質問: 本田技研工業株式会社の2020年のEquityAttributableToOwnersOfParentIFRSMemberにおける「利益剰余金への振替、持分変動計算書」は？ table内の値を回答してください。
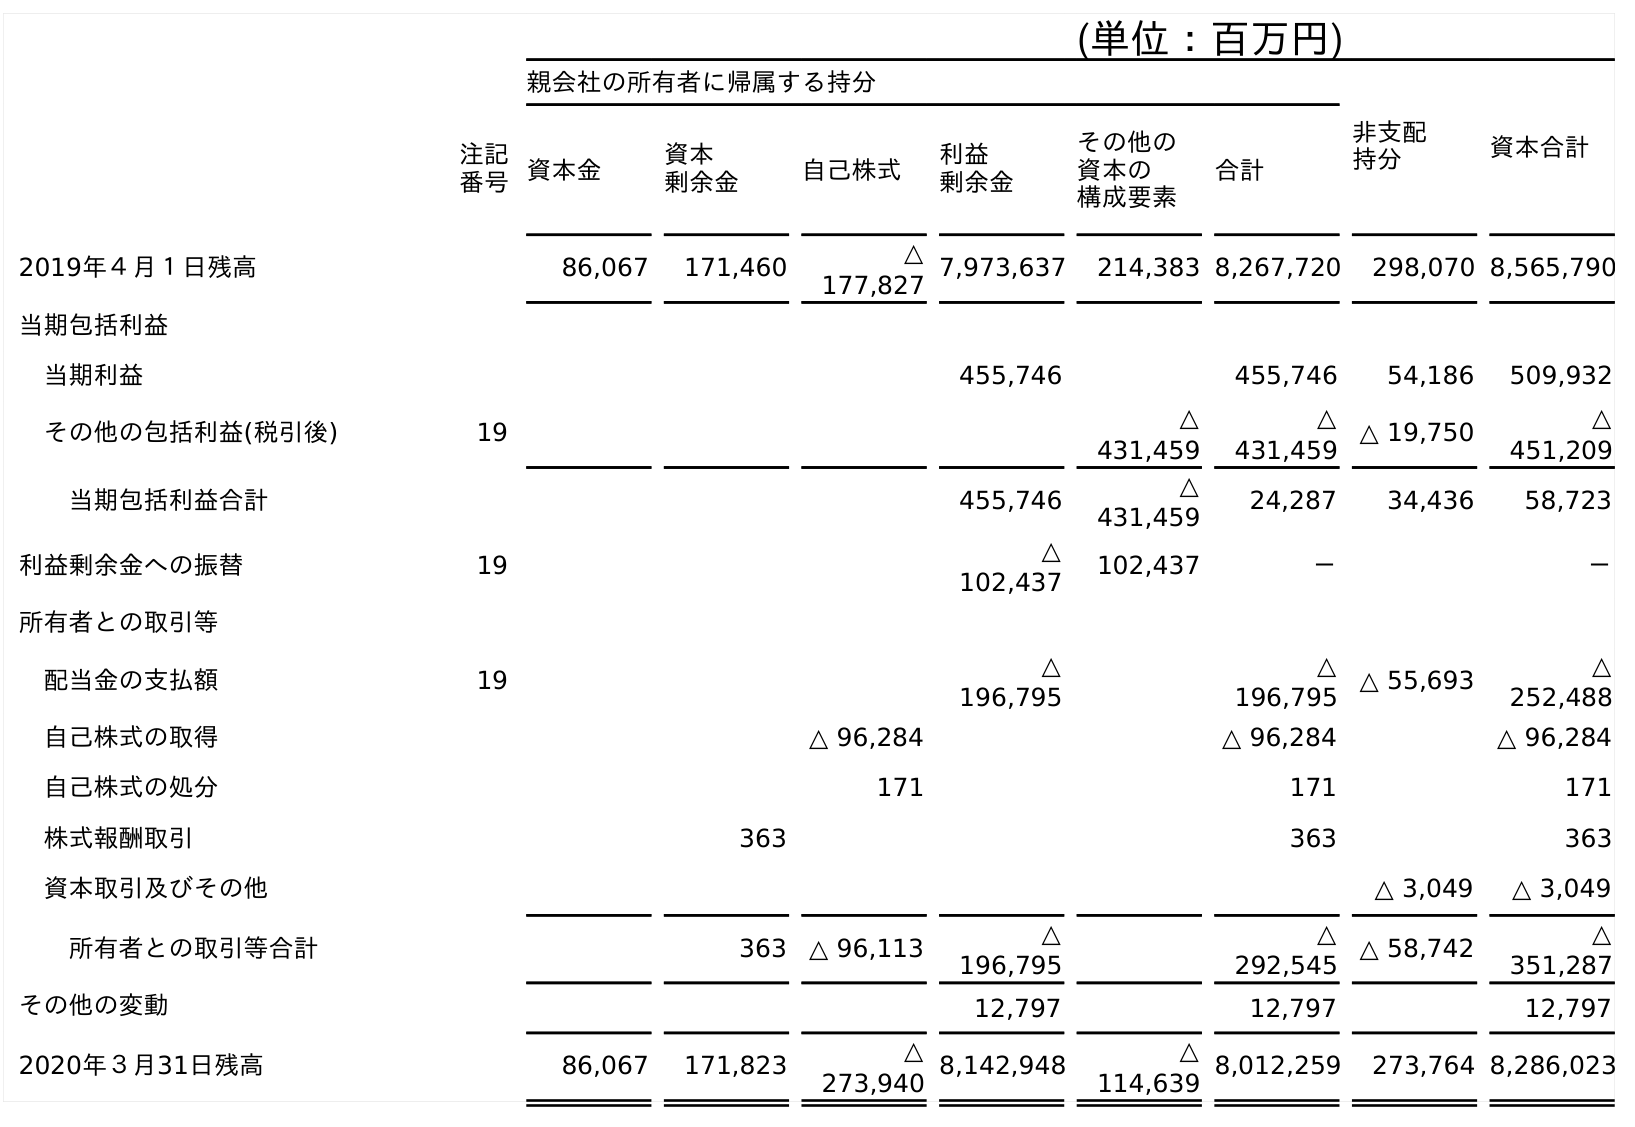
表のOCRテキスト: (単位：百万円) 親会社の所有者に帰属する持分 非支配 持分 資本合計 注記 番号資本金 資本 剰余金 自己株式 利益 剰余金 その他の 資本の 構成要素 合計 2019年４月１日残高 86,067 171,460 △ 177,827 7,973,637 214,383 8,267,720 298,070 8,565,790 当期包括利益 当期利益 455,746 455,746 54,186 509,932 その他の包括利益(税引後) 19 △ 431,459 △ 431,459 △ 19,750 △ 451,209 当期包括利益合計 455,746 △ 431,459 24,287 34,436 58,723 利益剰余金への振替 19 △ 102,437 102,437 － － 所有者との取引等 配当金の支払額 19 △ 196,795 △ 196,795 △ 55,693 △ 252,488 自己株式の取得 △ 96,284 △ 96,284 △ 96,284 自己株式の処分 171 171 171 株式報酬取引 363 363 363 資本取引及びその他 △ 3,049 △ 3,049 所有者との取引等合計 363 △ 96,113 △ 196,795 △ 292,545 △ 58,742 △ 351,287 その他の変動 12,797 12,797 12,797 2020年３月31日残高 86,067 171,823 △ 273,940 8,142,948 △ 114,639 8,012,259 273,764 8,286,023
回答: －